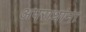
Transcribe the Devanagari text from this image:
अपराधांना